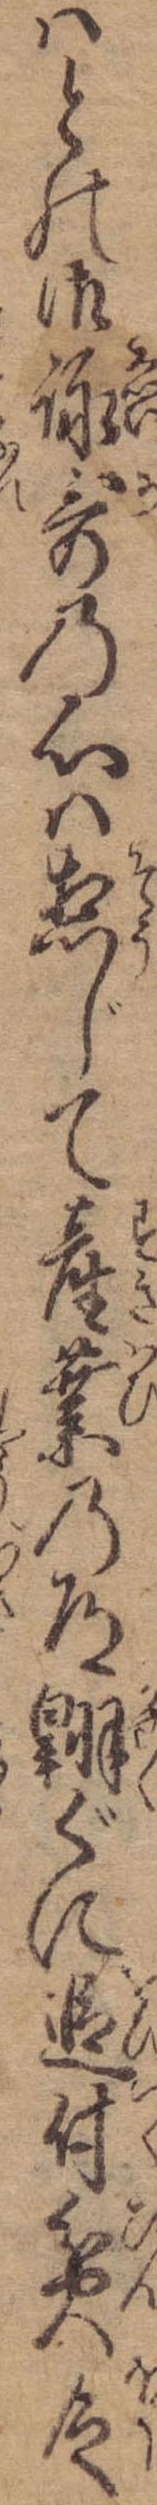
はとの御詠歌の心は惣じて産業の道翺ぐに追付貧乏